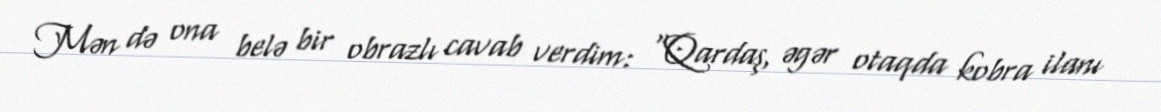
Mən də ona belə bir obrazlı cavab verdim: “Qardaş, əgər otaqda kobra ilanı